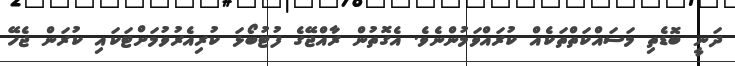
ދަނީ ބޮޑެތި މަސައްކަތްތަކެއް ކުރައްވަމުންނެވެ. އެގޮތުން ރާއްޖޭގެ ފުޓުބޯޅަ ކުރިއެރުވުމަށްޓަކައި ކުރަން ޖެހޭ